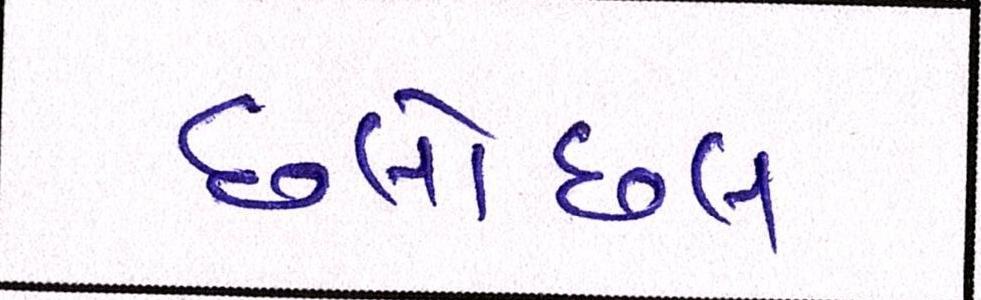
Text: છલોછલ